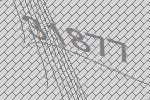
31877